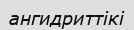
ангидриттікі